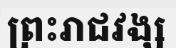
ព្រះរាជវង្ស